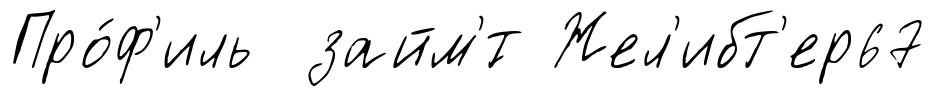
Про́ф'иль займ'́т Жел'ибт'ер67